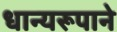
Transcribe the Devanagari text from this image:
धान्‍यरूपाने